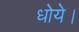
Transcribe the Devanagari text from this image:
धोये।